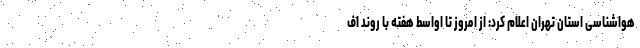
هواشناسی استان تهران اعلام کرد: از امروز تا اواسط هفته با روند اف